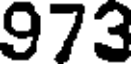
973